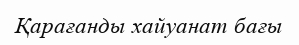
Қарағанды хайуанат бағы